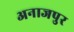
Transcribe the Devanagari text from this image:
अनाजपुर